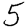
Digit: 5